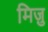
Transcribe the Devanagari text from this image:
मिज़ु